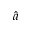
\hat { a }